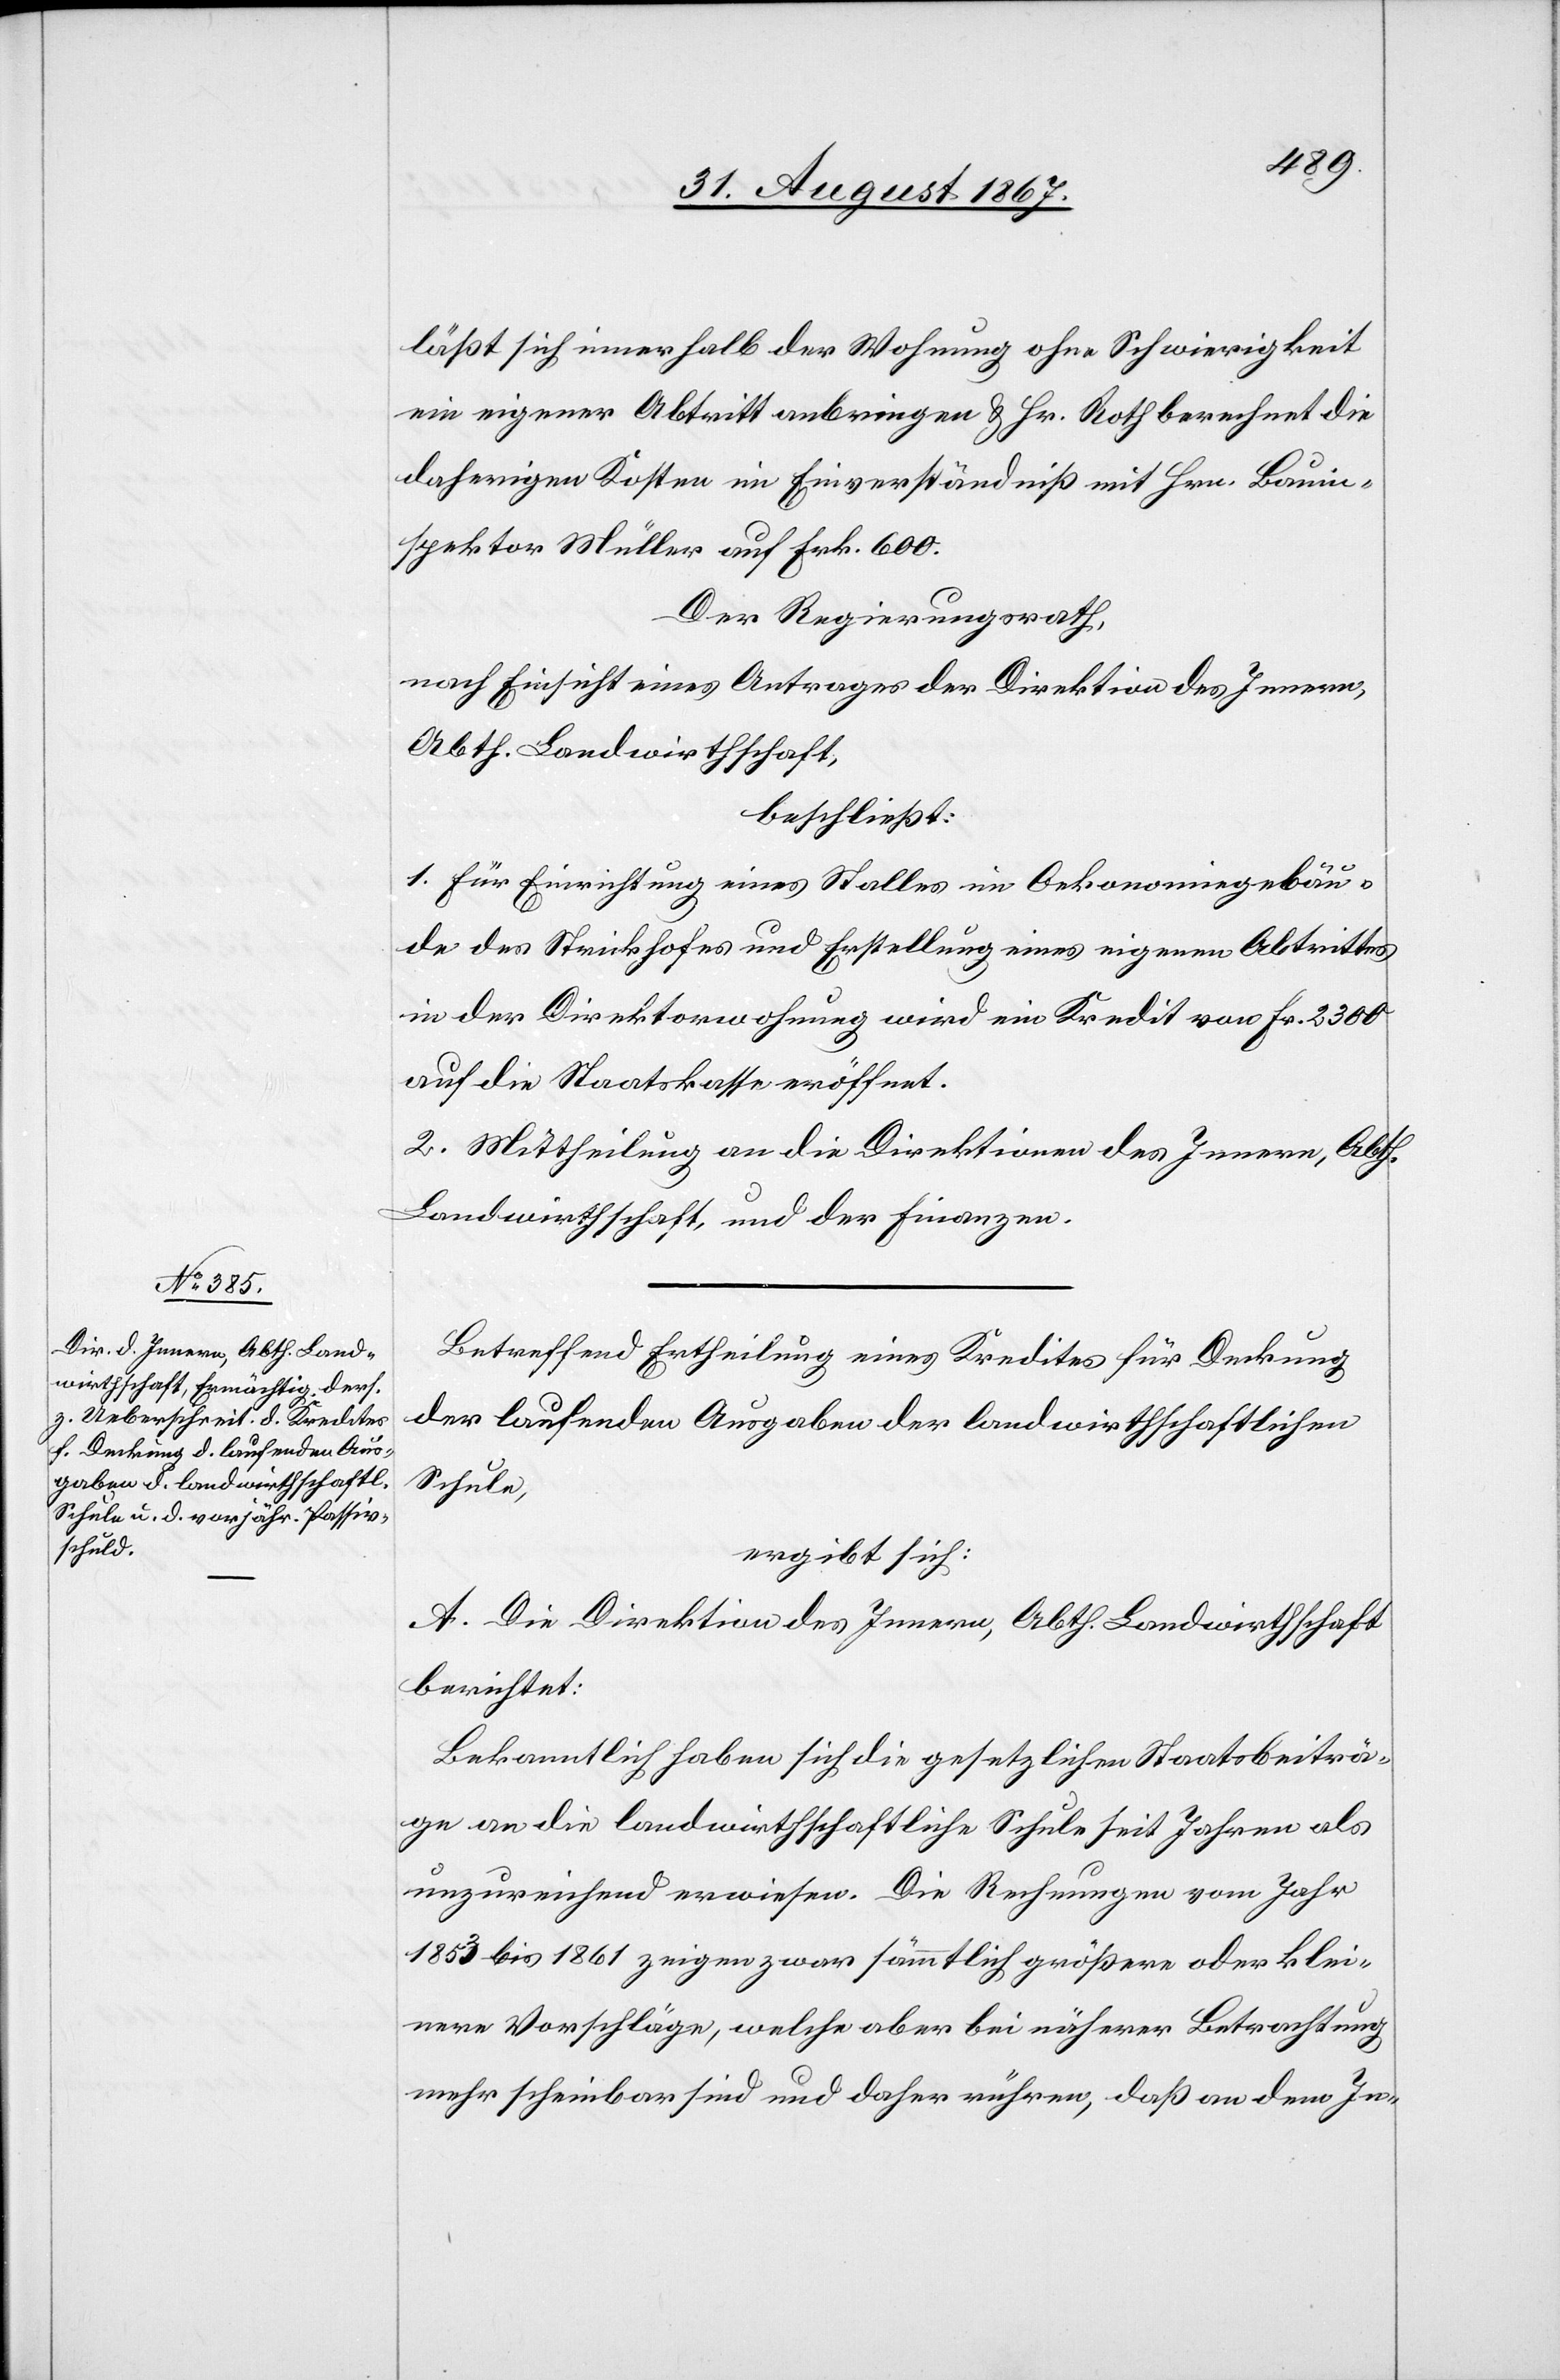
läßt sich innerhalb der Wohnung ohne Schwierigkeiten
ein eigener Abtritt anbringen u. Hr. Roth berechnet die
daherigen Kosten im Einverständniß mit Hrn. Bauin¬
spektor Müller auf Frk. 600.
Der Regierungsrath,
nach Einsicht eines Antrages der Direktion des Innern,
Abth. Landwirthschaft,
beschließt:
1. Für Einrichtung eines Stalles im Oekonomiegebäu¬
de des Strickhofes und Erstellung eines eigenen Abtrittes
in der Direktorwohnung wird ein Kredit von Frk. 2300
auf die Staatskasse eröffnet.
2. Mittheilung an die Direktionen des Innern, Abth.
Landwirthschaft und der Finanzen.